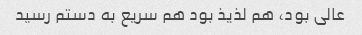
عالی بود، هم لذیذ بود هم سریع به دستم رسید